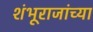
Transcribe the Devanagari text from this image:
शंभूराजांच्या